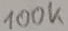
Text: 100K